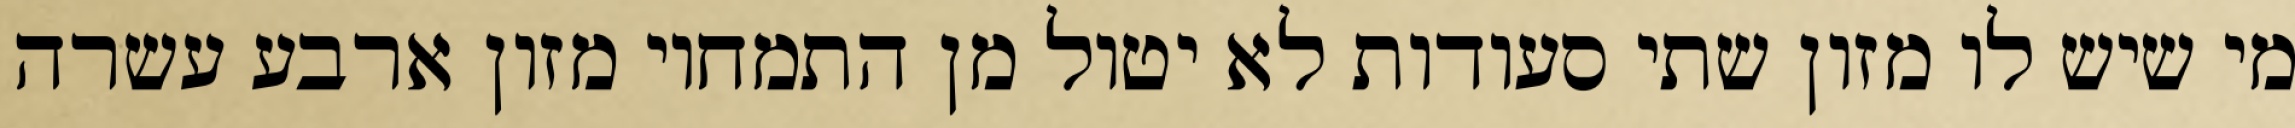
מי שיש לו מזון שתי סעודות לא יטול מן התמחוי מזון ארבע עשרה